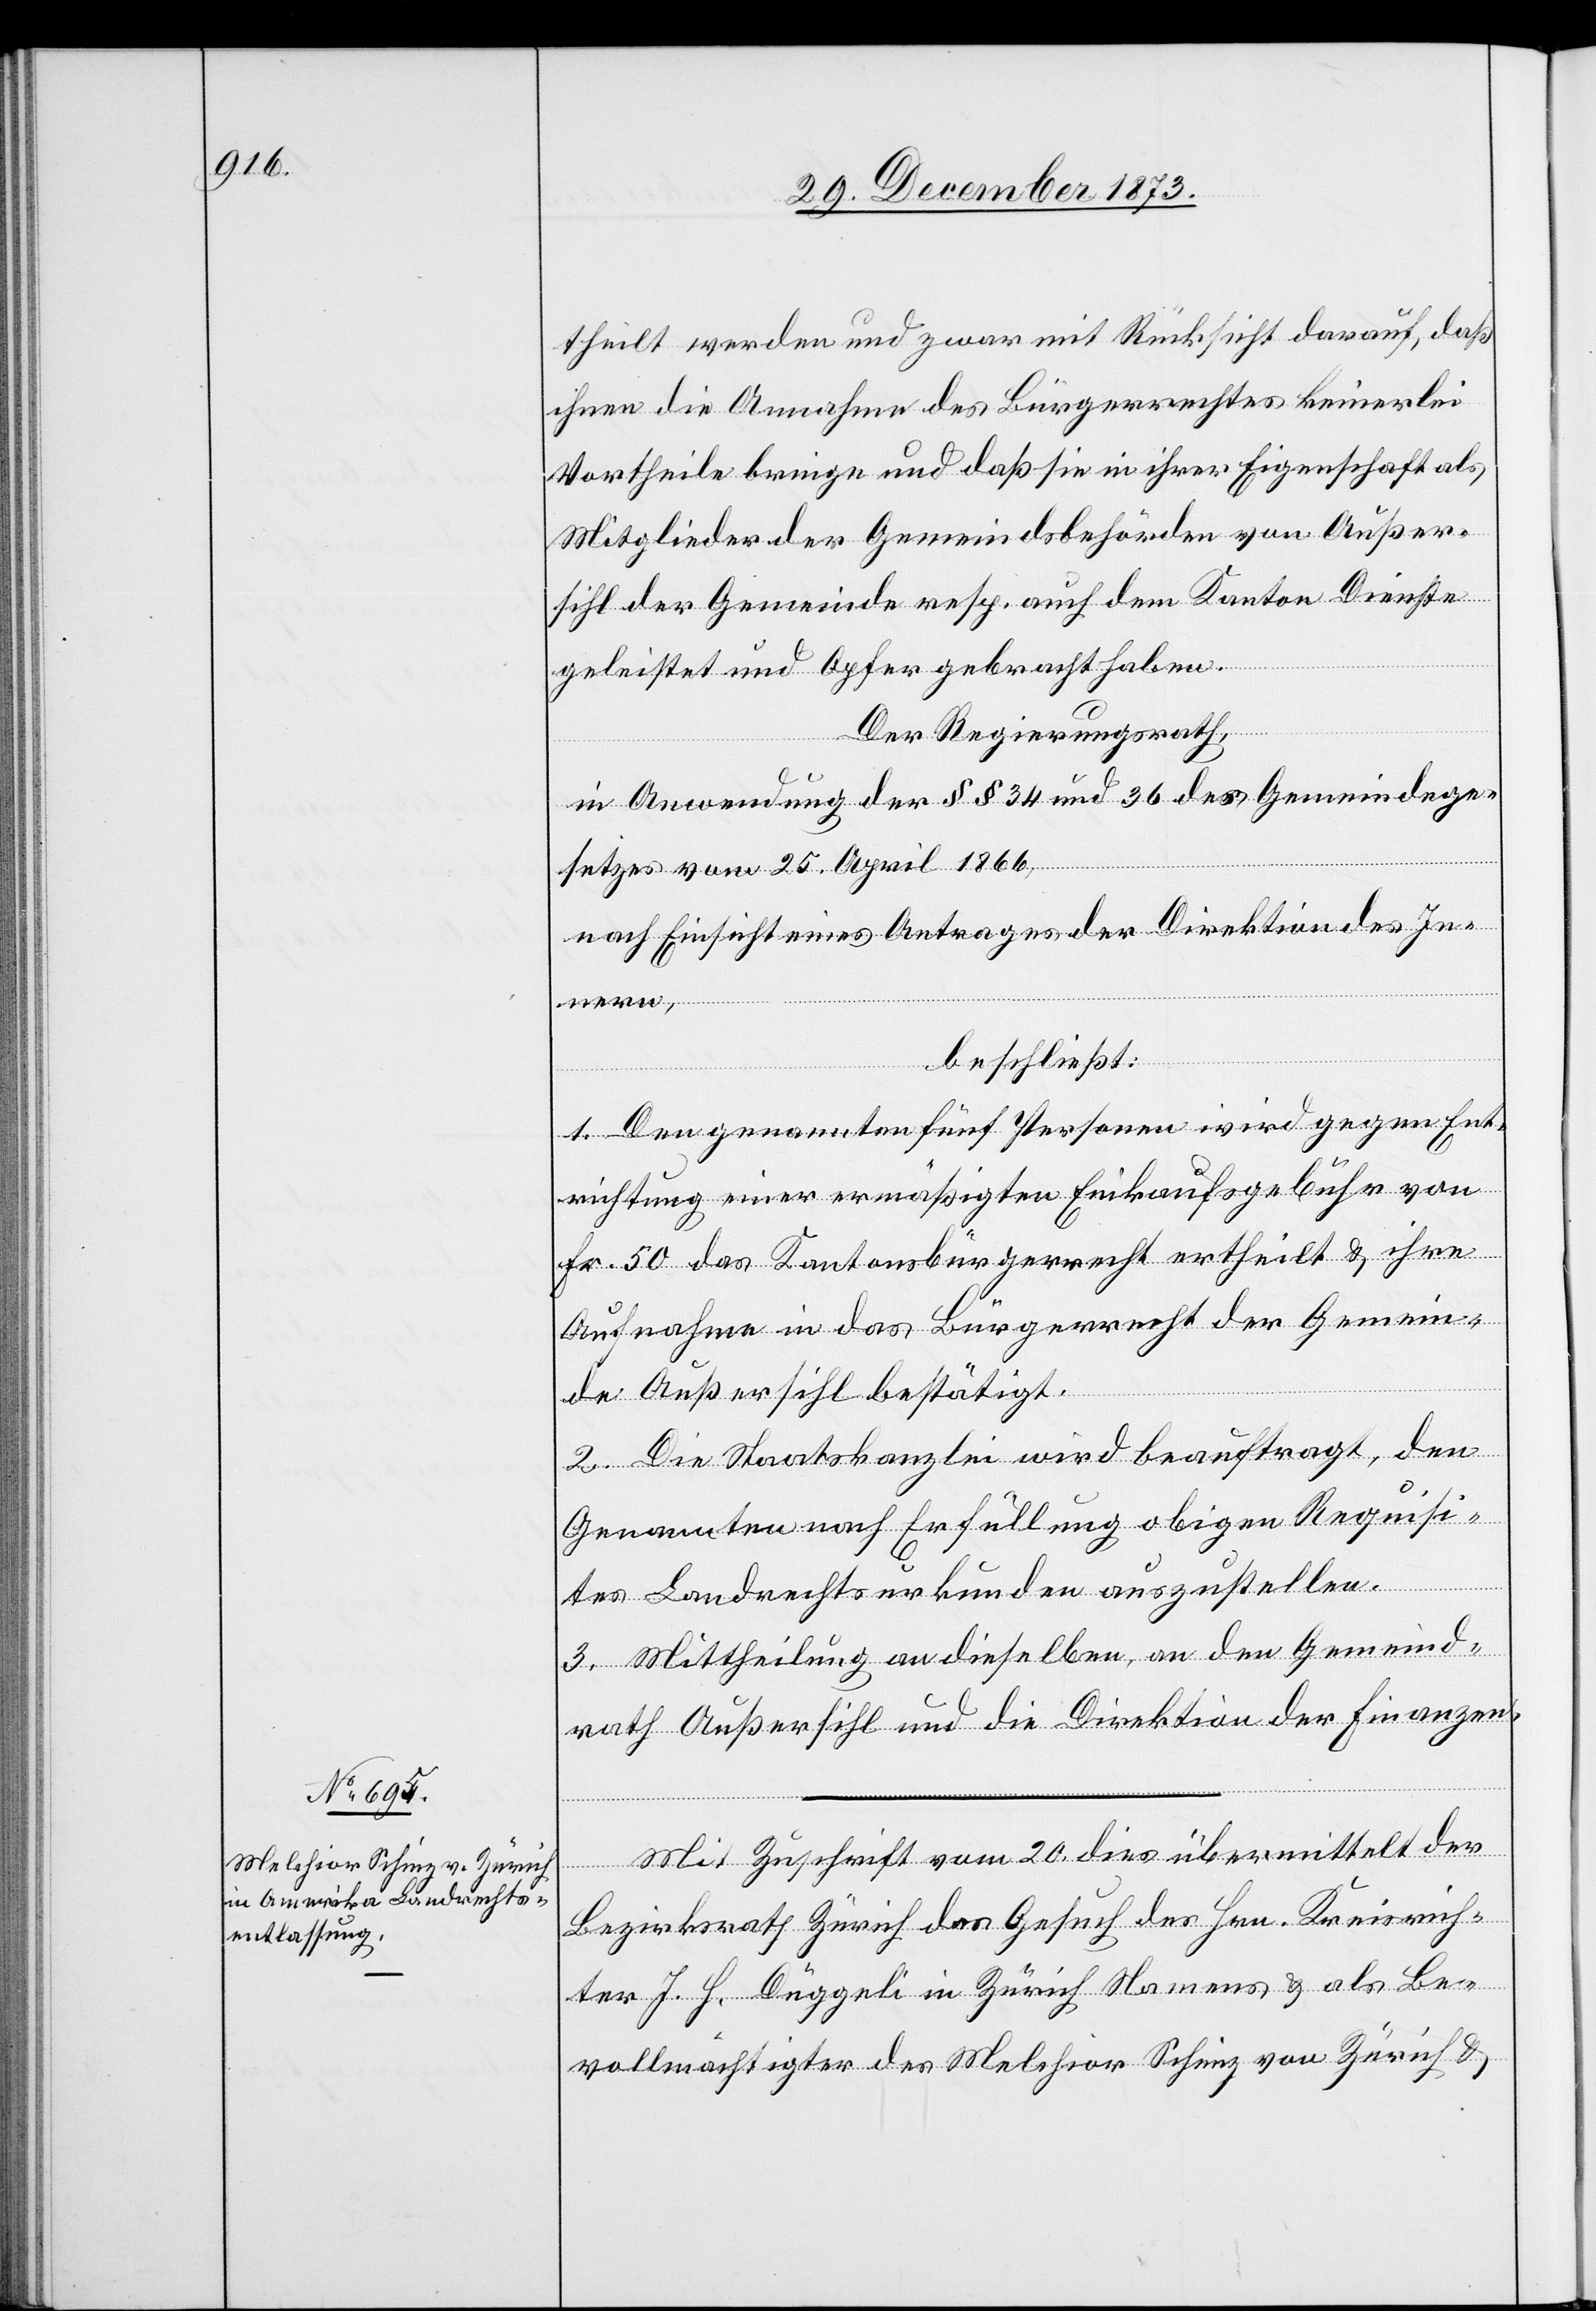
theilt werden und zwar mit Rücksicht darauf, daß
ihnen die Annahme des Bürgerrechtes keinerlei
Vortheile bringe und daß sie in ihrer Eigenschaft als
Mitglieder der Gemeindsbehörden von Außer¬
sihl der Gemeinde resp. auch dem Kanton Dienste
geleistet und Opfer gebracht haben.
Der Regierungsrath,
in Anwendung der §§ 34 und 36 des Gemeindege¬
setzes vom 25. April 1866,
nach Einsicht eines Antrages der Direktion des In¬
nern,
beschließt:
1. Den genannten fünf Personen wird gegen Ent¬
richtung einer ermäßigten Einkaufsgebühr von
Fr. 50 das Kantonsbürgerrecht ertheilt & ihre
Aufnahme in das Bürgerrecht der Gemein¬
de Außersihl bestätigt.
2. Die Staatskanzlei wird beauftragt, den
Genannten nach Erfüllung obigen Requisi¬
tes Landrechtsurkunden auszustellen.
3. Mittheilung an dieselben, an den Gemeind¬
rath Außersihl und die Direktion der Finanzen.
Mit Zuschrift vom 20. dies übermittelt der
Bezirksrath Zürich das Gesuch des Hrn. Kreisrich¬
ter J. H. Düggeli in Zürich Namens & als Be¬
vollmächtigter des Melchior Schimz [sic!] von Zürich &